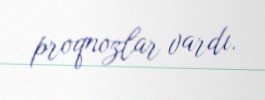
proqnozlar vardı.